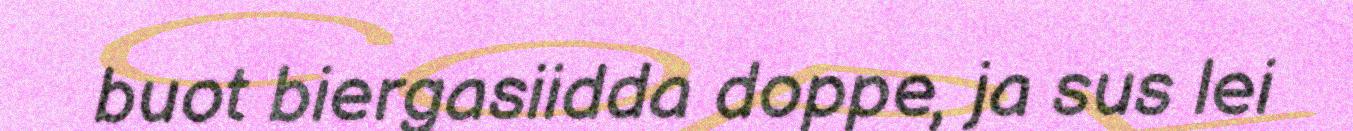
buot biergasiidda doppe, ja sus lei